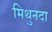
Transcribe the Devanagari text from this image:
मिथुनदा